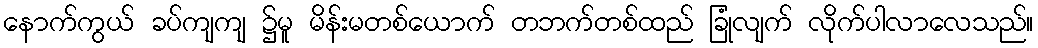
နောက်ကွယ် ခပ်ကျကျ ၌မူ မိန်းမတစ်ယောက် တဘက်တစ်ထည် ခြုံလျက် လိုက်ပါလာလေသည်။